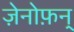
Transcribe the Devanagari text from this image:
ज़ेनोफ़न्